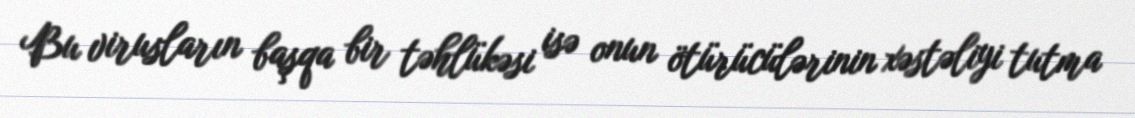
Bu virusların başqa bir təhlükəsi isə onun ötürücülərinin xəstəliyi tutma